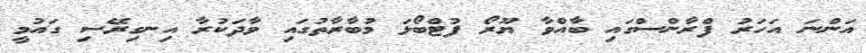
އަންނަ އަހަރު ފްރާންސްގައި ބާއްވާ ޔޫރޯ ފުޓްބޯޅަ މުބާރާތުގައި ވާދަކުރާ އިނގިރޭސި ގައުމީ